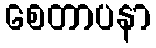
စေတာပနာ